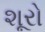
શૂરો